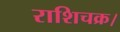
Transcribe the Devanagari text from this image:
राशिचक्र।